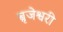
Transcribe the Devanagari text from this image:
ब्रृजेश्वरी